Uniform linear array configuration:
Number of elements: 4
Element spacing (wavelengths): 0.5
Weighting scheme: hann
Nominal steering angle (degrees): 60
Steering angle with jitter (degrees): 61.937
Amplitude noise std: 0.05
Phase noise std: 0.05

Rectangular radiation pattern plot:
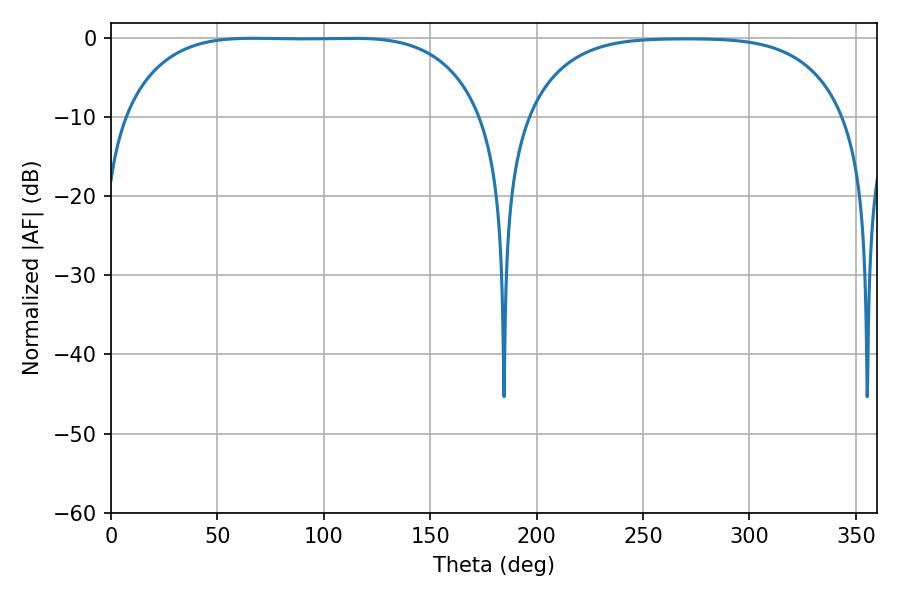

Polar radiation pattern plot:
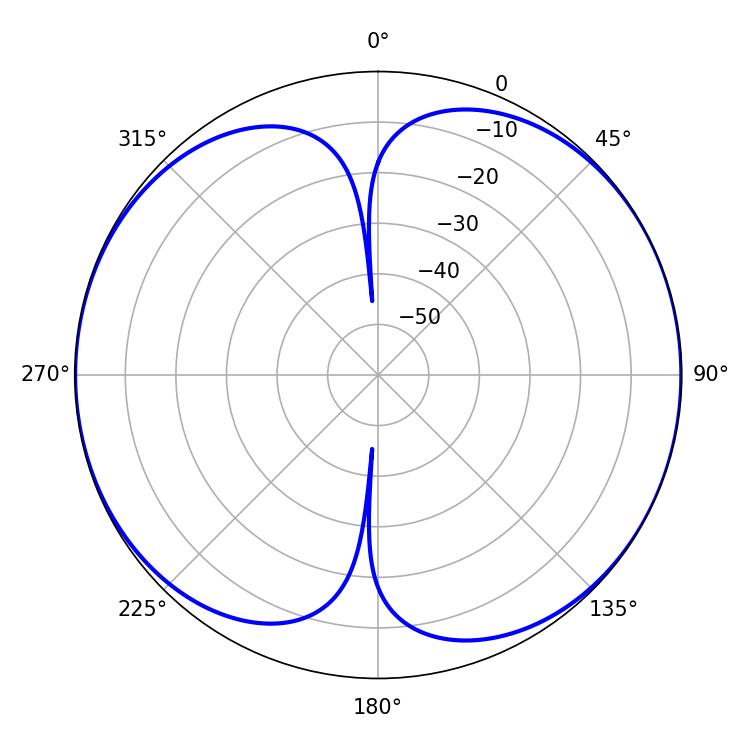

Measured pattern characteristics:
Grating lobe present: FALSE
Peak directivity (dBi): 9.488
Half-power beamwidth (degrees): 130.32
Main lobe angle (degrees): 66.78